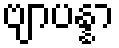
ဗျာပန္နာ